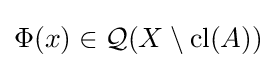
\Phi (x)\in {\mathcal {Q}}(X\setminus {\mbox{cl}}(A))